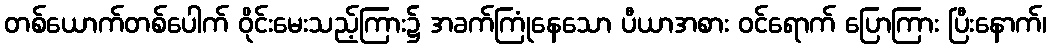
တစ်ယောက်တစ်ပေါက် ဝိုင်းမေးသည့်ကြား၌ အခက်ကြုံနေသော ပီယာအစား ဝင်ရောက် ပြောကြား ပြီးနောက်၊